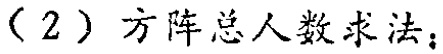
（2）方阵总人数求法：